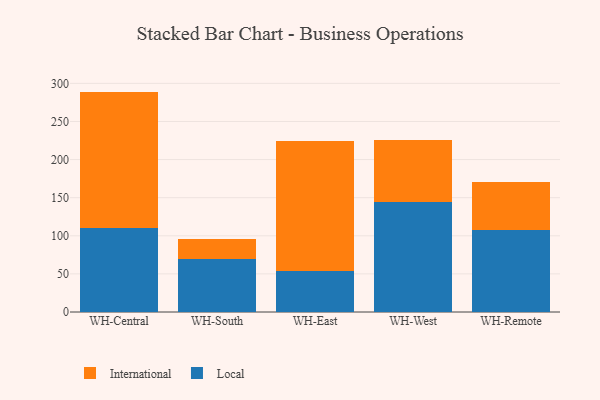
{"axis": {"x": "Warehouse", "y": "Humidity (%)"}, "legend": ["International", "Local"], "data": [{"x": "WH-Central", "y": 110.8, "type": "Local"}, {"x": "WH-Central", "y": 178.4, "type": "International"}, {"x": "WH-South", "y": 69.2, "type": "Local"}, {"x": "WH-South", "y": 27.0, "type": "International"}, {"x": "WH-East", "y": 53.3, "type": "Local"}, {"x": "WH-East", "y": 171.7, "type": "International"}, {"x": "WH-West", "y": 144.9, "type": "Local"}, {"x": "WH-West", "y": 80.3, "type": "International"}, {"x": "WH-Remote", "y": 107.0, "type": "Local"}, {"x": "WH-Remote", "y": 63.2, "type": "International"}]}